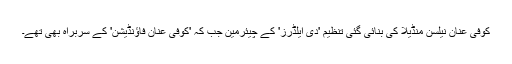
کوفی عنان نیلسن منڈیلا کی بنائی گئی تنظیم 'دی ایلڈرز' کے چیئرمین جب کہ 'کوفی عنان فاؤنڈیشن' کے سربراہ بھی تھے۔